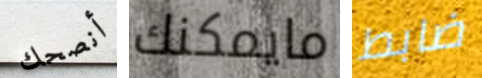
أنصحك مايمكنك ضابط